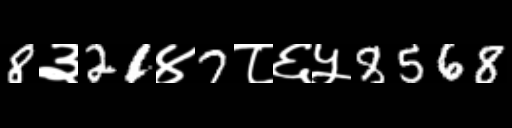
Text: 8३21४7८६५8568